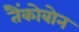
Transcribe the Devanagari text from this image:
तैंकोबोन